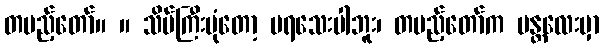
တပည့်တော်။ ။ သိပ်ကြီးပုံတော့ မရသေးပါဘူး၊ တပည့်တော်က မန္တလေးမှာ